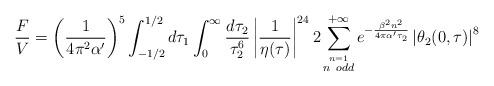
LaTeX: \begin{align*}\frac{F}{V}=\left(\frac{1}{4\pi^2\alpha'}\right)^5\int^{1/2}_{-1/2} d\tau_1\int_0^\infty\frac{d\tau_2}{\tau^6_2}\left|\frac{1}{\eta(\tau)}\right|^{24}2\sum_{\stackrel{n=1}{n\ odd}}^{+\infty}e^{-\frac{\beta^2 n^2}{4\pi\alpha'\tau_2}}\left|\theta_2(0,\tau)\right|^8\end{align*}